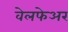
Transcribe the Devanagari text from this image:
वेलफेअर